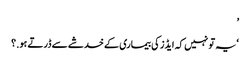
’
‘یہ تو نہیں کہ ایڈز کی بیماری کے خدشے سے ڈرتے ہو.؟